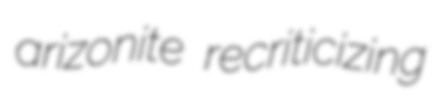
arizonite recriticizing